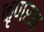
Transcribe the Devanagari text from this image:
कृणराव